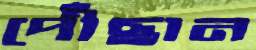
পৌঁছান